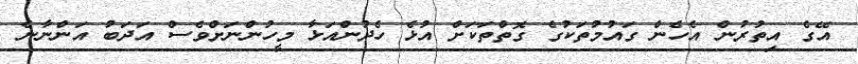
އޭގެ އިތުރުން އެހެން ގައުމުތަކުގެ ގޮތްތަކަށް އުޅެ ހެދުންއަޅާ މީހުންނަށްވެސް އަދަބު އަންނާނެ